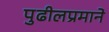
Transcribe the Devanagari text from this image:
पुढीलप्रमाने